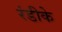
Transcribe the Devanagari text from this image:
रंडीके